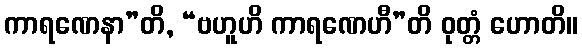
ကာရဏေနာ”တိ, “ဗဟူဟိ ကာရဏေဟီ”တိ ဝုတ္တံ ဟောတိ။